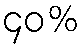
၄၀%